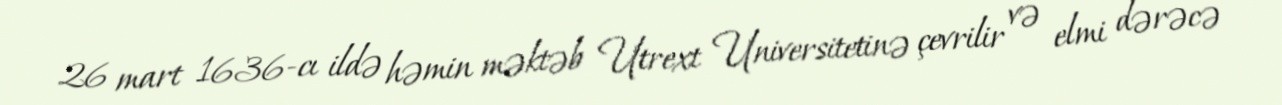
26 mart 1636-cı ildə həmin məktəb Utrext Universitetinə çevrilir və elmi dərəcə